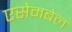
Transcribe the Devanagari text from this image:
एसेमबेल